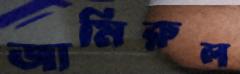
জামিরুল